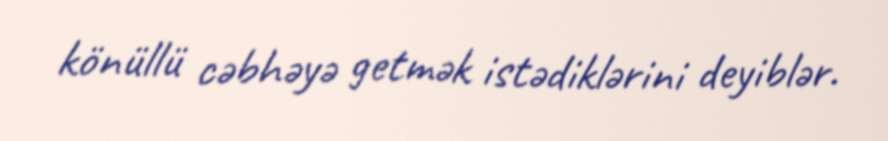
könüllü cəbhəyə getmək istədiklərini deyiblər.